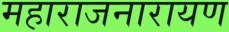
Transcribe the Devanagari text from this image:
महाराजनारायण